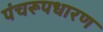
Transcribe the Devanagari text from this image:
पंचरूपधारण